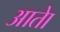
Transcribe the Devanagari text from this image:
आताे